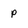
Character: p